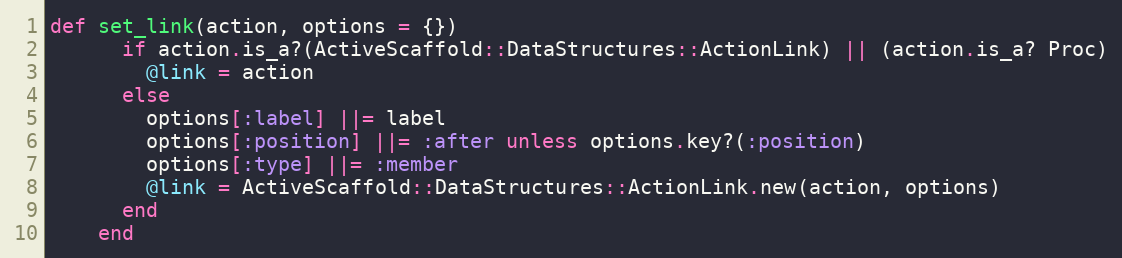
Language: Ruby
def set_link(action, options = {})
      if action.is_a?(ActiveScaffold::DataStructures::ActionLink) || (action.is_a? Proc)
        @link = action
      else
        options[:label] ||= label
        options[:position] ||= :after unless options.key?(:position)
        options[:type] ||= :member
        @link = ActiveScaffold::DataStructures::ActionLink.new(action, options)
      end
    end